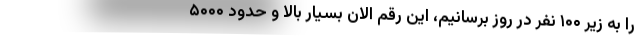
را به زیر ۱۰۰ نفر در روز برسانیم، این رقم الان بسیار بالا و حدود ۵۰۰۰